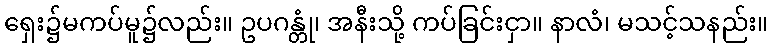
ရှေး၌မကပ်မူ၌လည်း။ ဥပဂန္တုံ၊ အနီးသို့ ကပ်ခြင်းငှာ။ နာလံ၊ မသင့်သနည်း။